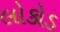
લોકોડ